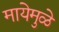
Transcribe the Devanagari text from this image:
मायेमुळे